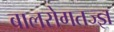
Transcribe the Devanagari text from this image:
बालरोगतज्‍ज्ञ